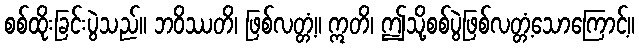
စစ်ထိုးခြင်းပွဲသည်။ ဘဝိဿတိ၊ ဖြစ်လတ္တံ့။ ဣတိ၊ ဤသို့စစ်ပွဲဖြစ်လတ္တံ့သောကြောင့်။